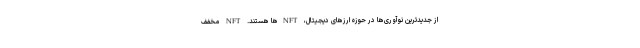
از جدیدترین نوآوری‌ها در حوزه ارزهای دیجیتال، NFTها هستند. NFT مخفف